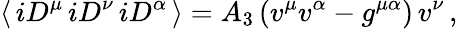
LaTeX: \langle\, iD^{\mu}\, iD^{\nu}\, iD^{\alpha}\, \rangle=A_{3}\, (v^{\mu}v^{\alpha}-g^{\mu\alpha})\, v^{\nu}\, ,